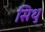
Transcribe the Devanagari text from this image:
सिथु